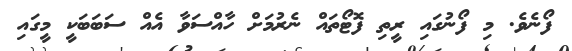
ފޯނެވެ. މި ފޯނުގައި ރީތި ފޮޓޯތައް ނެރުމަށް ހާއްސަވާ އެއް ސަބަބަކީ މީގައި